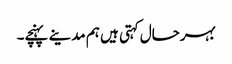
بہرحال کہتی ہیں ہم مدینے پہنچے۔